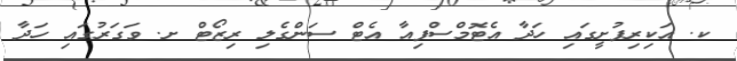
ކ. އަކިރިފުށީގައި ހަދާ އެޓޮމްސްފިއާ އެޓް ސަންގެލި ރިޒޯޓް ށ. ވަގަރުގައި ހަދާ